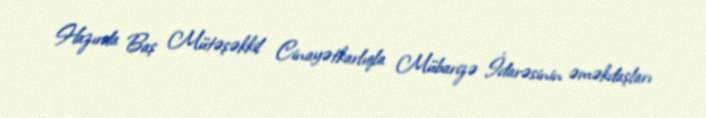
Hazırda Baş Mütəşəkkil Cinayətkarlıqla Mübarizə İdarəsinin əməkdaşları